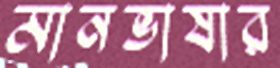
মানভাষার